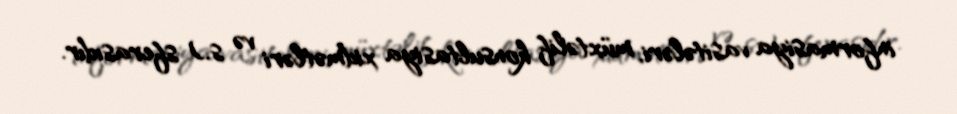
informasiya vasitələri, müxtəlif konsultasiya xidmətləri və s.) sferasıdır.